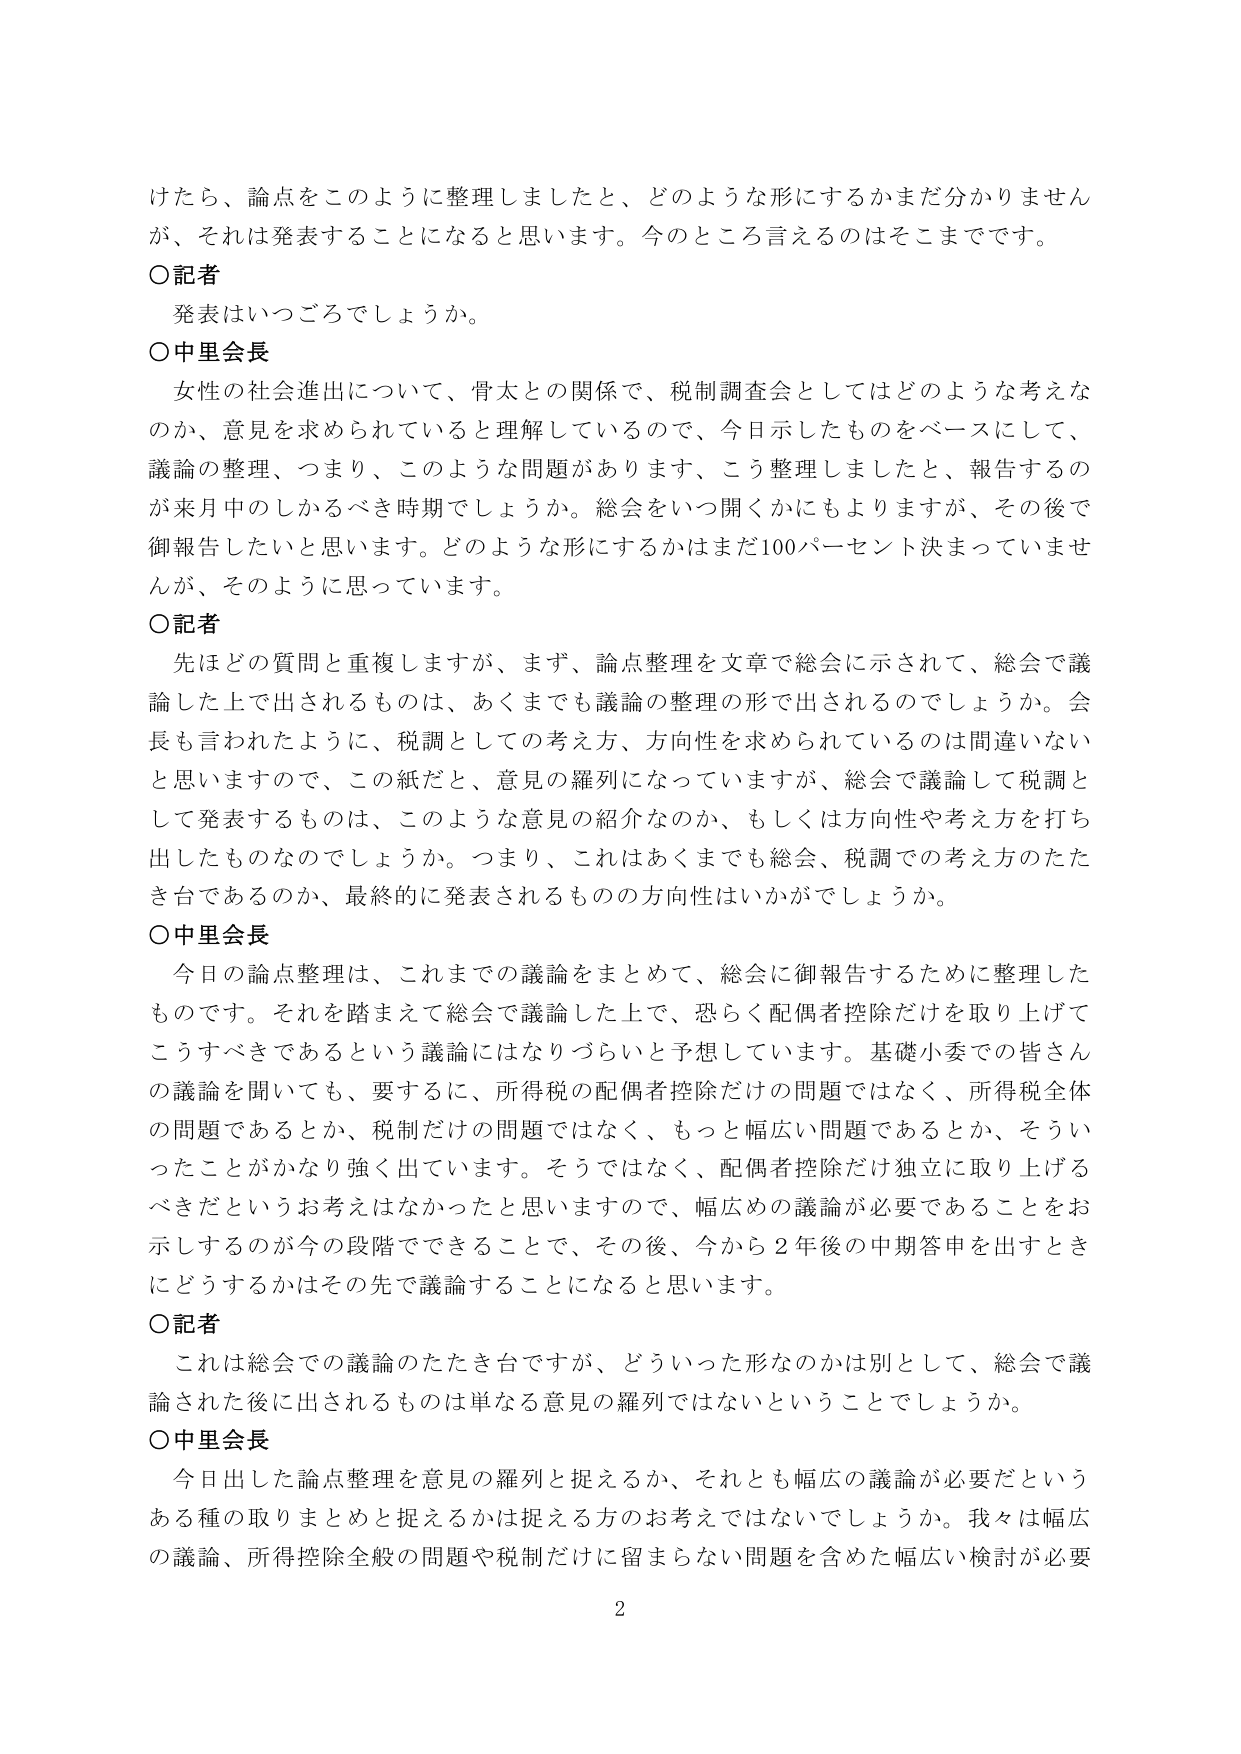
けたら、論点をこのように整理しましたと、どのような形にするかまだ分かりませんが、それは発表することになると思います。今のところ言えるのはそこまでです。

〇記者
発表はいつごろでしょうか。

〇中里会長
女性の社会進出について、骨太との関係で、税制調査会としてはどのような考えなのか、意見を求められていると理解しているので、今日示したものをベースにして、議論の整理、つまり、このような問題があります、こう整理しましたと、報告するのが来月中のしかるべき時期でしょうか。総会をいつ開くかにもよりますが、その後で御報告したいと思います。どのような形にするかはまだ100パーセント決まっていませんが、そのように思っています。

〇記者
先ほどの質問と重複しますが、まず、論点整理を文章で総会に示されて、総会で議論した上で出されるものは、あくまでも議論の整理の形で出されるのでしょうか。会長も言われたように、税調としての考え方、方向性を求められているのは間違いないと思いますので、この紙だと、意見の羅列になっていますが、総会で議論して税調として発表するものは、このような意見の紹介なのか、もしくは方向性や考え方を打ち出したものなのでしょうか。つまり、これはあくまでも総会、税調での考え方のたたき台であるのか、最終的に発表されるものの方針性はいかがでしょうか。

〇中里会長
今日の論点整理は、これまでの議論をまとめて、総会に御報告するために整理したものです。それを踏まえて総会で議論した上で、恐らく配偶者控除だけを取り上げてこうすべきであるという議論にはなりづらいと予想しています。基礎小委での皆さんの議論を聞いても、要するに、所得税の配偶者控除だけの問題ではなく、所得税全体の問題であるとか、税制だけの問題ではなく、もっと幅広い問題であるとか、そういったことがかなり強く出ています。そうではなく、配偶者控除だけ独立に取り上げるべきだというお考えはなかったと思いますので、幅広めの議論が必要であることをお示しするのが今の段階でできることで、その後、今から2年後の中間答申を出すときにどうするかはその先で議論することになると思います。

〇記者
これは総会での議論のたたき台ですが、どういった形なのかは別として、総会で議論された後に出されるものは単なる意見の羅列ではないということでしょうか。

〇中里会長
今日出した論点整理を意見の羅列と捉えるか、それとも幅広の議論が必要だというある種の取りまとめと捉えるかは捉える方のお考えではないでしょうか。我々は幅広の議論、所得控除全般の問題や税制だけに留まらない問題を含めた幅広い検討が必要

2